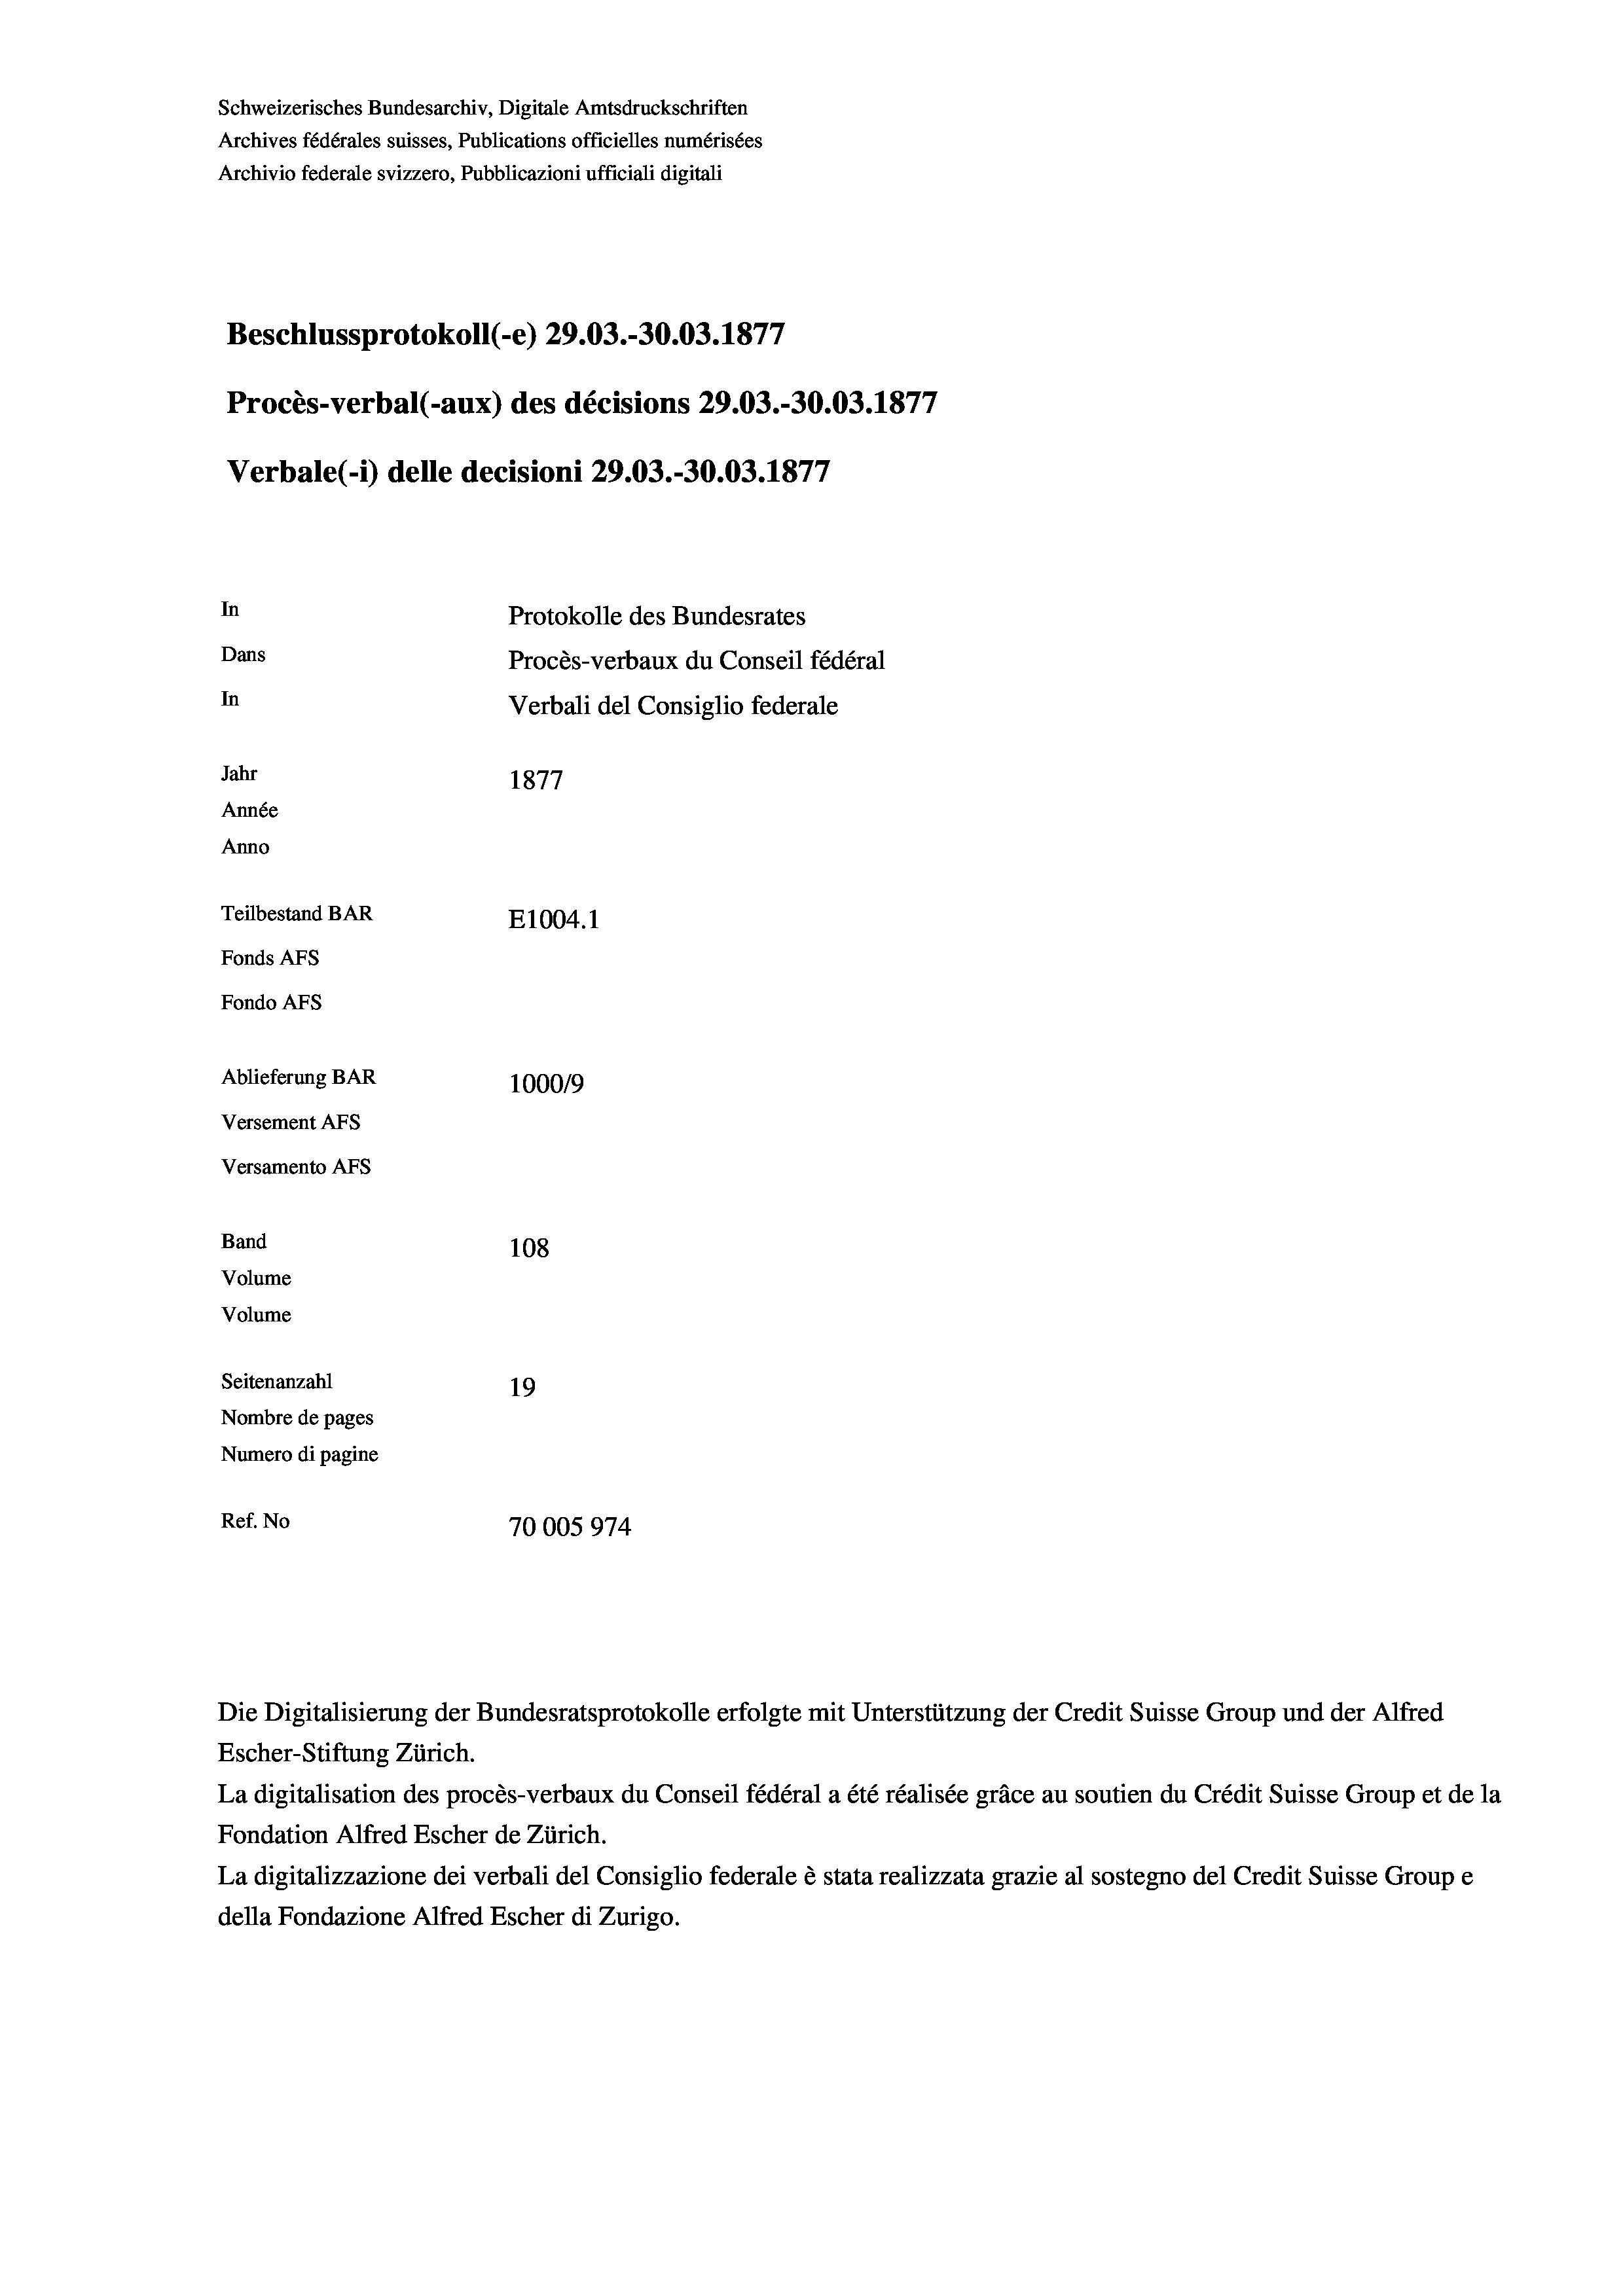
Schweizerisches Bundesarchiv, Digitale Amtsdruckschriften
Archives fédérales suisses, Publications officielles numérisées
Archivio federale svizzero, Pubblicazioni ufficiali digitali
Beschlussprotokoll (-e) 29.03.-30.03. 1877
Procès-verbal (-aux) des décisions 29.03.-30.03. 1877
Verbale(*) delle decisioni 29.03.-30.03. 1877
In
Protokolle des Bundesrates
Dans
Procès-verbaux du Conseil fédéral
In
Verbali del Consiglio federale
Jahr
1877
Année
Anno
Teilbestand BAR
E1004.1
Fonds AFs
Fondo Afs
Ablieferung BAR
100019
Versement AFs
Versamento Afs
Band
108
Volume
Volume

Seitenanzahl
19
Nombre de pages
Numero di pagine
Ref. No
70005974

Die Digitalisierung der Bundesratsprotokolle erfolgte mit Unterstützung der Credit Suisse Group und der Alfred

Escher-Stiftung Zürich.
La digitalisation des procès-verbaux du Conseil fédéral a été réalisée gräce au soutien du Crédit Suisse Group et de la
Fondation Alfred Escher de Zürich.
La digitalizzazione dei verbali del Consiglio federale è stata realizzata grazie al sostegno del Credit Suisse Groupe
della Fondazione Alfred Escher di Zurigo.